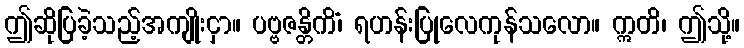
ဤဆိုပြခဲ့သည့်အကျိုးငှာ။ ပဗ္ဗဇန္တိကိံ၊ ရဟန်းပြုလေကုန်သလော။ ဣတိ၊ ဤသို့။